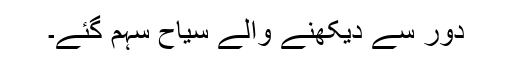
دور سے دیکھنے والے سیاح سہم گئے۔